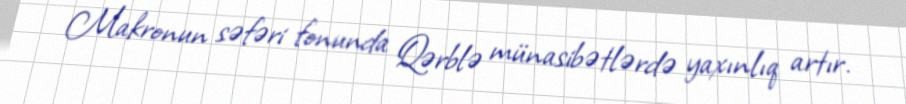
Makronun səfəri fonunda Qərblə münasibətlərdə yaxınlıq artır.